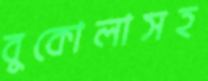
বুকোলাসহ